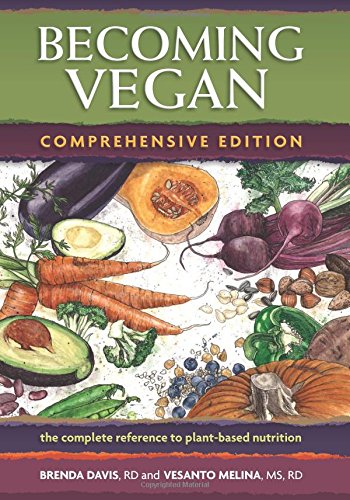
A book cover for Becoming Vegan: The Complete Reference to Plant-Based Nutrition (Comprehensive Edition); Brenda Davis; Health, Fitness & Dieting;